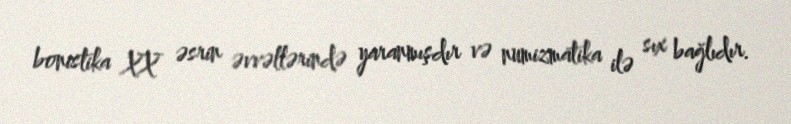
bonistika XX əsrin əvvəllərində yaranmışdır və numizmatika ilə sıx bağlıdır.